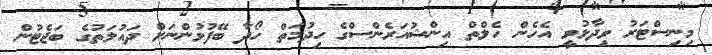
މިނިސްޓަރު ވިދާޅުވީ އެހެން ހެލްތް އިންޝުއަރެންސްގެ ހިދުމަތް ހޯދާ ބޭފުޅުންނަށް ދައުލަތުގެ ބަޖެޓުން